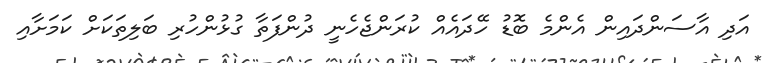
އަދި އާސަންދައިން އެންމެ ބޮޑު ހޭދައެއް ކުރަންޖެހެނީ ދުންފަތާ ގުޅުންހުރި ބަލިތަކަށް ކަަމަށާއި